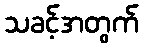
သခင့်အတွက်